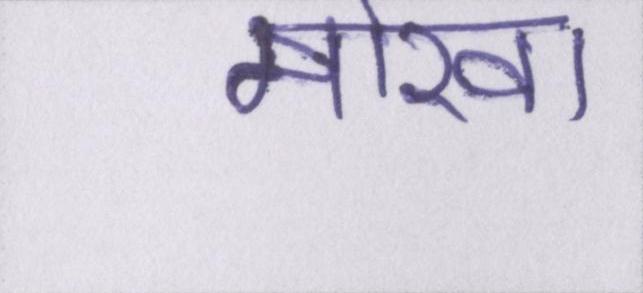
मोखा